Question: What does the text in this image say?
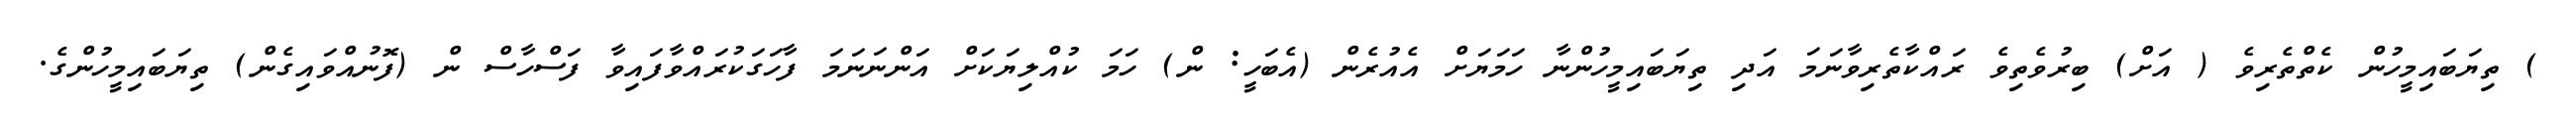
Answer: ) ތިޔަބައިމީހުން ކެތްތެރިވެ ( އަށް) ބިރުވެތިވެ ރައްކާތެރިވާނަމަ އަދި ތިޔަބައިމީހުންނާ ހަމަޔަށް އެއުރެން (އެބަހީ: ން) ހަމަ ކުއްލިޔަކަށް އަންނަނަމަ ފާހަގަކުރައްވާފައިވާ ފަސްހާސް ން (ފޮނުއްވައިގެން) ތިޔަބައިމީހުންގެ.